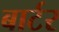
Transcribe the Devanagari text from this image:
बार्टर